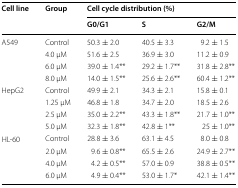
<table><thead><tr><td rowspan="2"><b>Cell line</b></td><td rowspan="2"><b>Group</b></td><td colspan="3"><b>Cell cycle distribution (%)</b></td></tr><tr><td><b>G0/G1</b></td><td><b>S</b></td><td><b>G2/M</b></td></tr></thead><tbody><tr><td rowspan="4">A549</td><td>Control</td><td>50.3 ± 2.0</td><td>40.5 ± 3.3</td><td>9.2 ± 1.5</td></tr><tr><td>4.0 μM</td><td>51.6 ± 2.5</td><td>36.9 ± 3.0</td><td>11.2 ± 0.9</td></tr><tr><td>6.0 μM</td><td>39.0 ± 1.4**</td><td>29.2 ± 1.7**</td><td>31.8 ± 2.8**</td></tr><tr><td>8.0 μM</td><td>14.0 ± 1.5**</td><td>25.6 ± 2.6**</td><td>60.4 ± 1.2**</td></tr><tr><td rowspan="4">HepG2</td><td>Control</td><td>49.9 ± 2.1</td><td>34.3 ± 2.1</td><td>15.8 ± 0.1</td></tr><tr><td>1.25 μM</td><td>46.8 ± 1.8</td><td>34.7 ± 2.0</td><td>18.5 ± 2.6</td></tr><tr><td>2.5 μM</td><td>35.0 ± 2.2**</td><td>43.3 ± 1.8**</td><td>21.7 ± 1.0**</td></tr><tr><td>5.0 μM</td><td>32.3 ± 1.8**</td><td>42.8 ± 1**</td><td>25 ± 1.0**</td></tr><tr><td rowspan="4">HL-60</td><td>Control</td><td>28.8 ± 3.6</td><td>63.1 ± 4.5</td><td>8.0 ± 0.8</td></tr><tr><td>2.0 μM</td><td>9.6 ± 0.8**</td><td>65.5 ± 2.6</td><td>24.9 ± 2.7**</td></tr><tr><td>4.0 μM</td><td>4.2 ± 0.5**</td><td>57.0 ± 0.9</td><td>38.8 ± 0.5**</td></tr><tr><td>6.0 μM</td><td>4.9 ± 0.4**</td><td>53.0 ± 1.7*</td><td>42.1 ± 1.4**</td></tr></tbody></table>